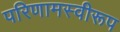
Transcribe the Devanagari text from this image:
परिणामस्वीरूप